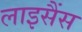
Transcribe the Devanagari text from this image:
लाइसैंस